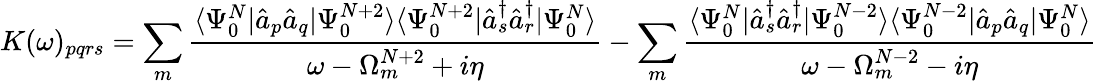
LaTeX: K(\omega)_{pqrs}=\sum_{m}\frac{\langle\Psi_{0}^{N}|\hat{a}_{p}\hat{a}_{q}|\Psi_{0}^{N+2}\rangle\langle\Psi_{0}^{N+2}|\hat{a}_{s}^{\dagger}\hat{a}_{r}^{\dagger}|\Psi_{0}^{N}\rangle}{\omega-\Omega_{m}^{N+2}+i\eta}-\sum_{m}\frac{\langle\Psi_{0}^{N}|\hat{a}_{s}^{\dagger}\hat{a}_{r}^{\dagger}|\Psi_{0}^{N-2}\rangle\langle\Psi_{0}^{N-2}|\hat{a}_{p}\hat{a}_{q}|\Psi_{0}^{N}\rangle}{\omega-\Omega_{m}^{N-2}-i\eta}